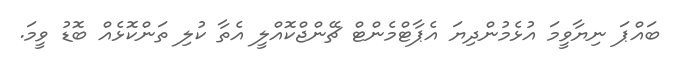
ބައްޕަ ނިޔާވީމަ އުޅެމުންދިޔަ އެޕާޓްމެންޓް ޗޭންޖްކޮއްލީ އެތާ ކުލި ތަންކޮޅެއް ބޮޑު ވީމަ.